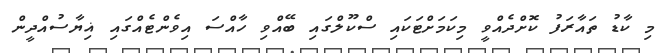
މި ކާޑު ތައާރަފު ކޮށްދެއްވީ މިކަމަށްޓަކައި ސްކޫލްގައި ބޭއްވި ހާއްސަ އިވެންޓެއްގައި ޣިޔާސުއްދީން